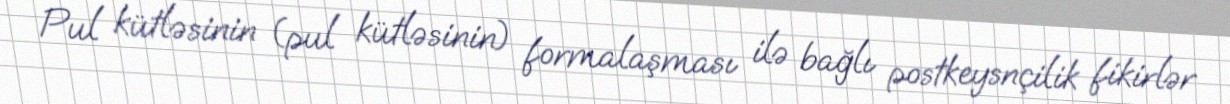
Pul kütləsinin (pul kütləsinin) formalaşması ilə bağlı postkeysnçilik fikirlər